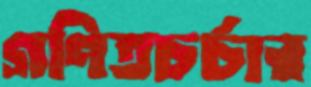
গণিতচর্চার